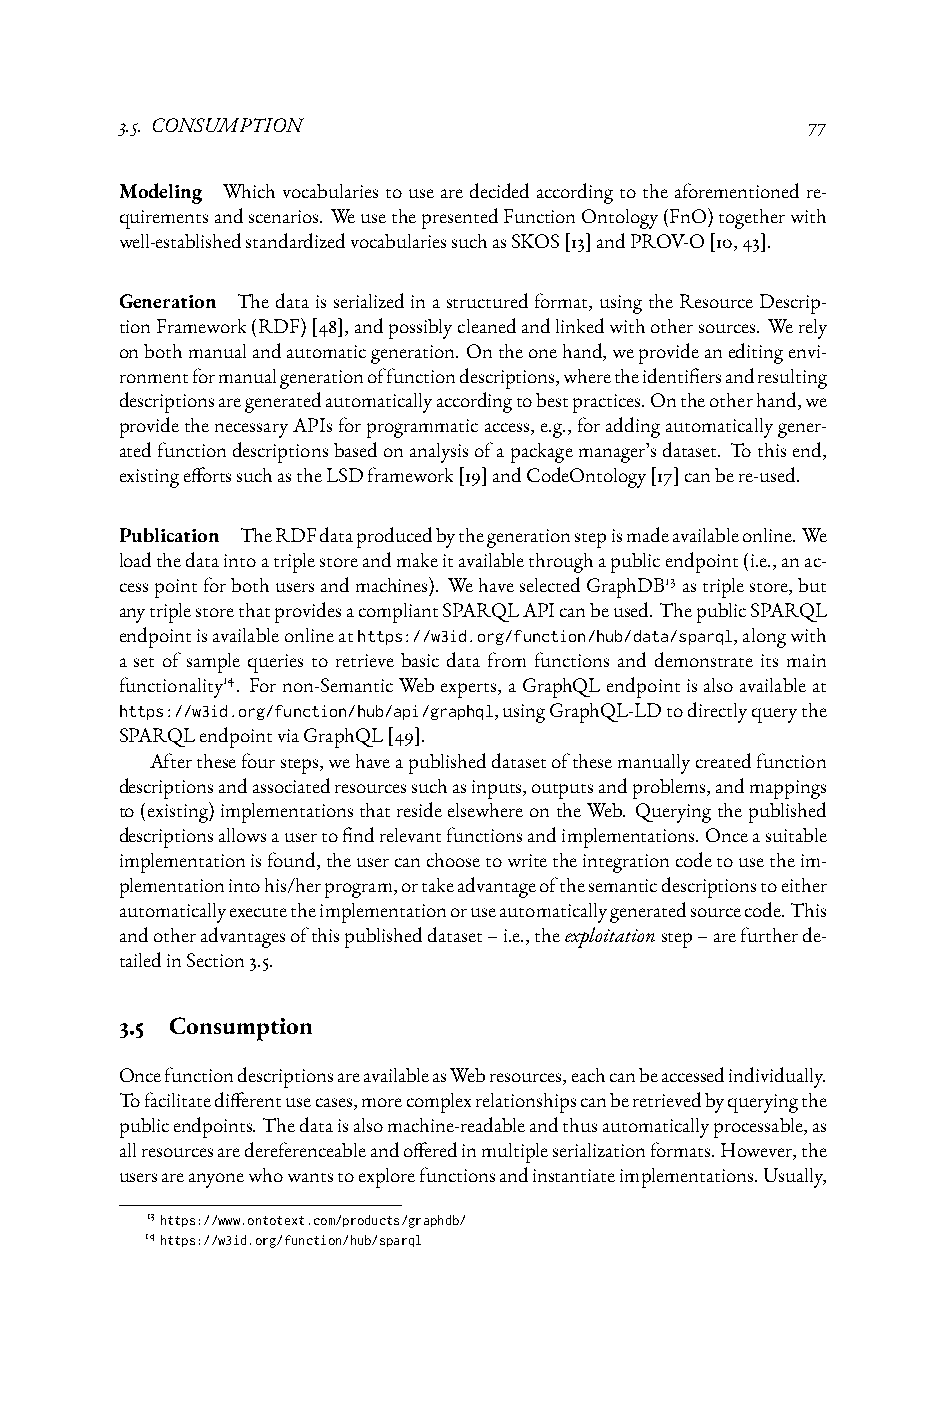
3.5. CONSUMPTION                             77
 Modeling Whichvocabulariestousearedecidedaccordingtotheaforementionedre-
 quirementsandscenarios. WeusethepresentedFunctionOntology(FnO)togetherwith
 well-establishedstandardizedvocabulariessuchasSKOS[13]andPROV-O[10,43].
 Generation Thedataisserializedinastructuredformat, usingtheResourceDescrip-
 tionFramework(RDF)[48],andpossiblycleanedandlinkedwithothersources. Werely
 onbothmanualandautomaticgeneration. Ontheonehand,weprovideaneditingenvi-
 ronmentformanualgenerationoffunctiondescriptions,wheretheidentifiersandresulting
 descriptionsaregeneratedautomaticallyaccordingtobestpractices.Ontheotherhand,we
 providethenecessaryAPIsforprogrammaticaccess,e.g.,foraddingautomaticallygener-
 atedfunctiondescriptionsbasedonanalysisofapackagemanager’sdataset. Tothisend,
 existingeffortssuchastheLSDframework[19]andCodeOntology[17]canbere-used.
 Publication TheRDFdataproducedbythegenerationstepismadeavailableonline.We
 loadthedataintoatriplestoreandmakeitavailablethroughapublicendpoint(i.e.,anac-
 cesspointforbothusersandmachines). WehaveselectedGraphDB13 astriplestore,but
 anytriplestorethatprovidesacompliantSPARQLAPIcanbeused.ThepublicSPARQL
 endpointisavailableonlineathttps://w3id.org/function/hub/data/sparql,alongwith
 a set of sample queries to retrieve basic data from functions and demonstrate its main
 functionality14. Fornon-SemanticWebexperts,aGraphQLendpointisalsoavailableat
 https://w3id.org/function/hub/api/graphql,usingGraphQL-LDtodirectlyquerythe
 SPARQLendpointviaGraphQL[49].
 Afterthesefoursteps,wehaveapublisheddatasetofthesemanuallycreatedfunction
 descriptionsandassociatedresourcessuchasinputs,outputsandproblems,andmappings
 to(existing)implementationsthatresideelsewhereontheWeb. Queryingthepublished
 descriptionsallowsausertofindrelevantfunctionsandimplementations.Onceasuitable
 implementationisfound,theusercanchoosetowritetheintegrationcodetousetheim-
 plementationintohis/herprogram,ortakeadvantageofthesemanticdescriptionstoeither
 automaticallyexecutetheimplementationoruseautomaticallygeneratedsourcecode.This
 andotheradvantagesofthispublisheddataset–i.e.,theexploitationstep–arefurtherde-
 tailedinSection3.5.
 3.5 Consumption
 OncefunctiondescriptionsareavailableasWebresources,eachcanbeaccessedindividually.
 Tofacilitatedifferentusecases,morecomplexrelationshipscanberetrievedbyqueryingthe
 publicendpoints.Thedataisalsomachine-readableandthusautomaticallyprocessable,as
 allresourcesaredereferenceableandofferedinmultipleserializationformats.However,the
 usersareanyonewhowantstoexplorefunctionsandinstantiateimplementations.Usually,
 13https://www.ontotext.com/products/graphdb/
 14https://w3id.org/function/hub/sparql